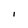
Character: I